Annual report of the Punjab Veterinary College and of the Civil Veterinary Department, Punjab - 1894-1908
Year: 1894
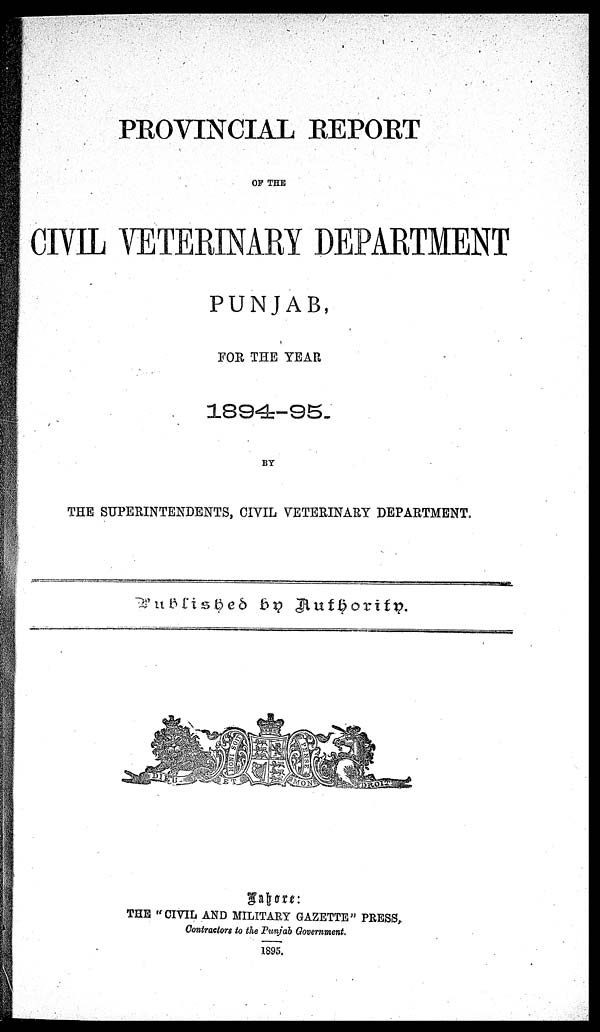
PROVINCIAL REPORT
OF THE
CIVIL VETERINARY DEPARTMENT
PUNJAB,
FOR THE YEAR
1894-95.
BY
THE SUPERINTENDENTS, CIVIL VETERINARY DEPARTMENT.
Published by Authority.
Lahore:
THE "CIVIL AND MILITARY GAZETTE" PRESS,
Contractors to the Punjab Government.
1895.